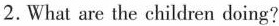
2.What are the children doing?